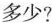
多少？